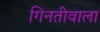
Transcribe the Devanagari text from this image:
गिनतीवाला